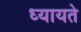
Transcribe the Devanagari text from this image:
ध्यायते